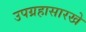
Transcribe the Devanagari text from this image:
उपग्रहासारखे